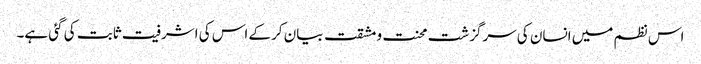
اس نظم میں انسان کی سرگزشت محنت و مشقت بیان کرکے اس کی اشرفیت ثابت کی گئی ہے۔